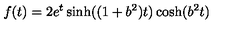
f ( t ) = 2 e ^ { t } \sinh ( ( 1 + b ^ { 2 } ) t ) \cosh ( b ^ { 2 } t )